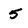
Character: 5